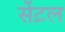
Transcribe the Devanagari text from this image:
सेंट़ल